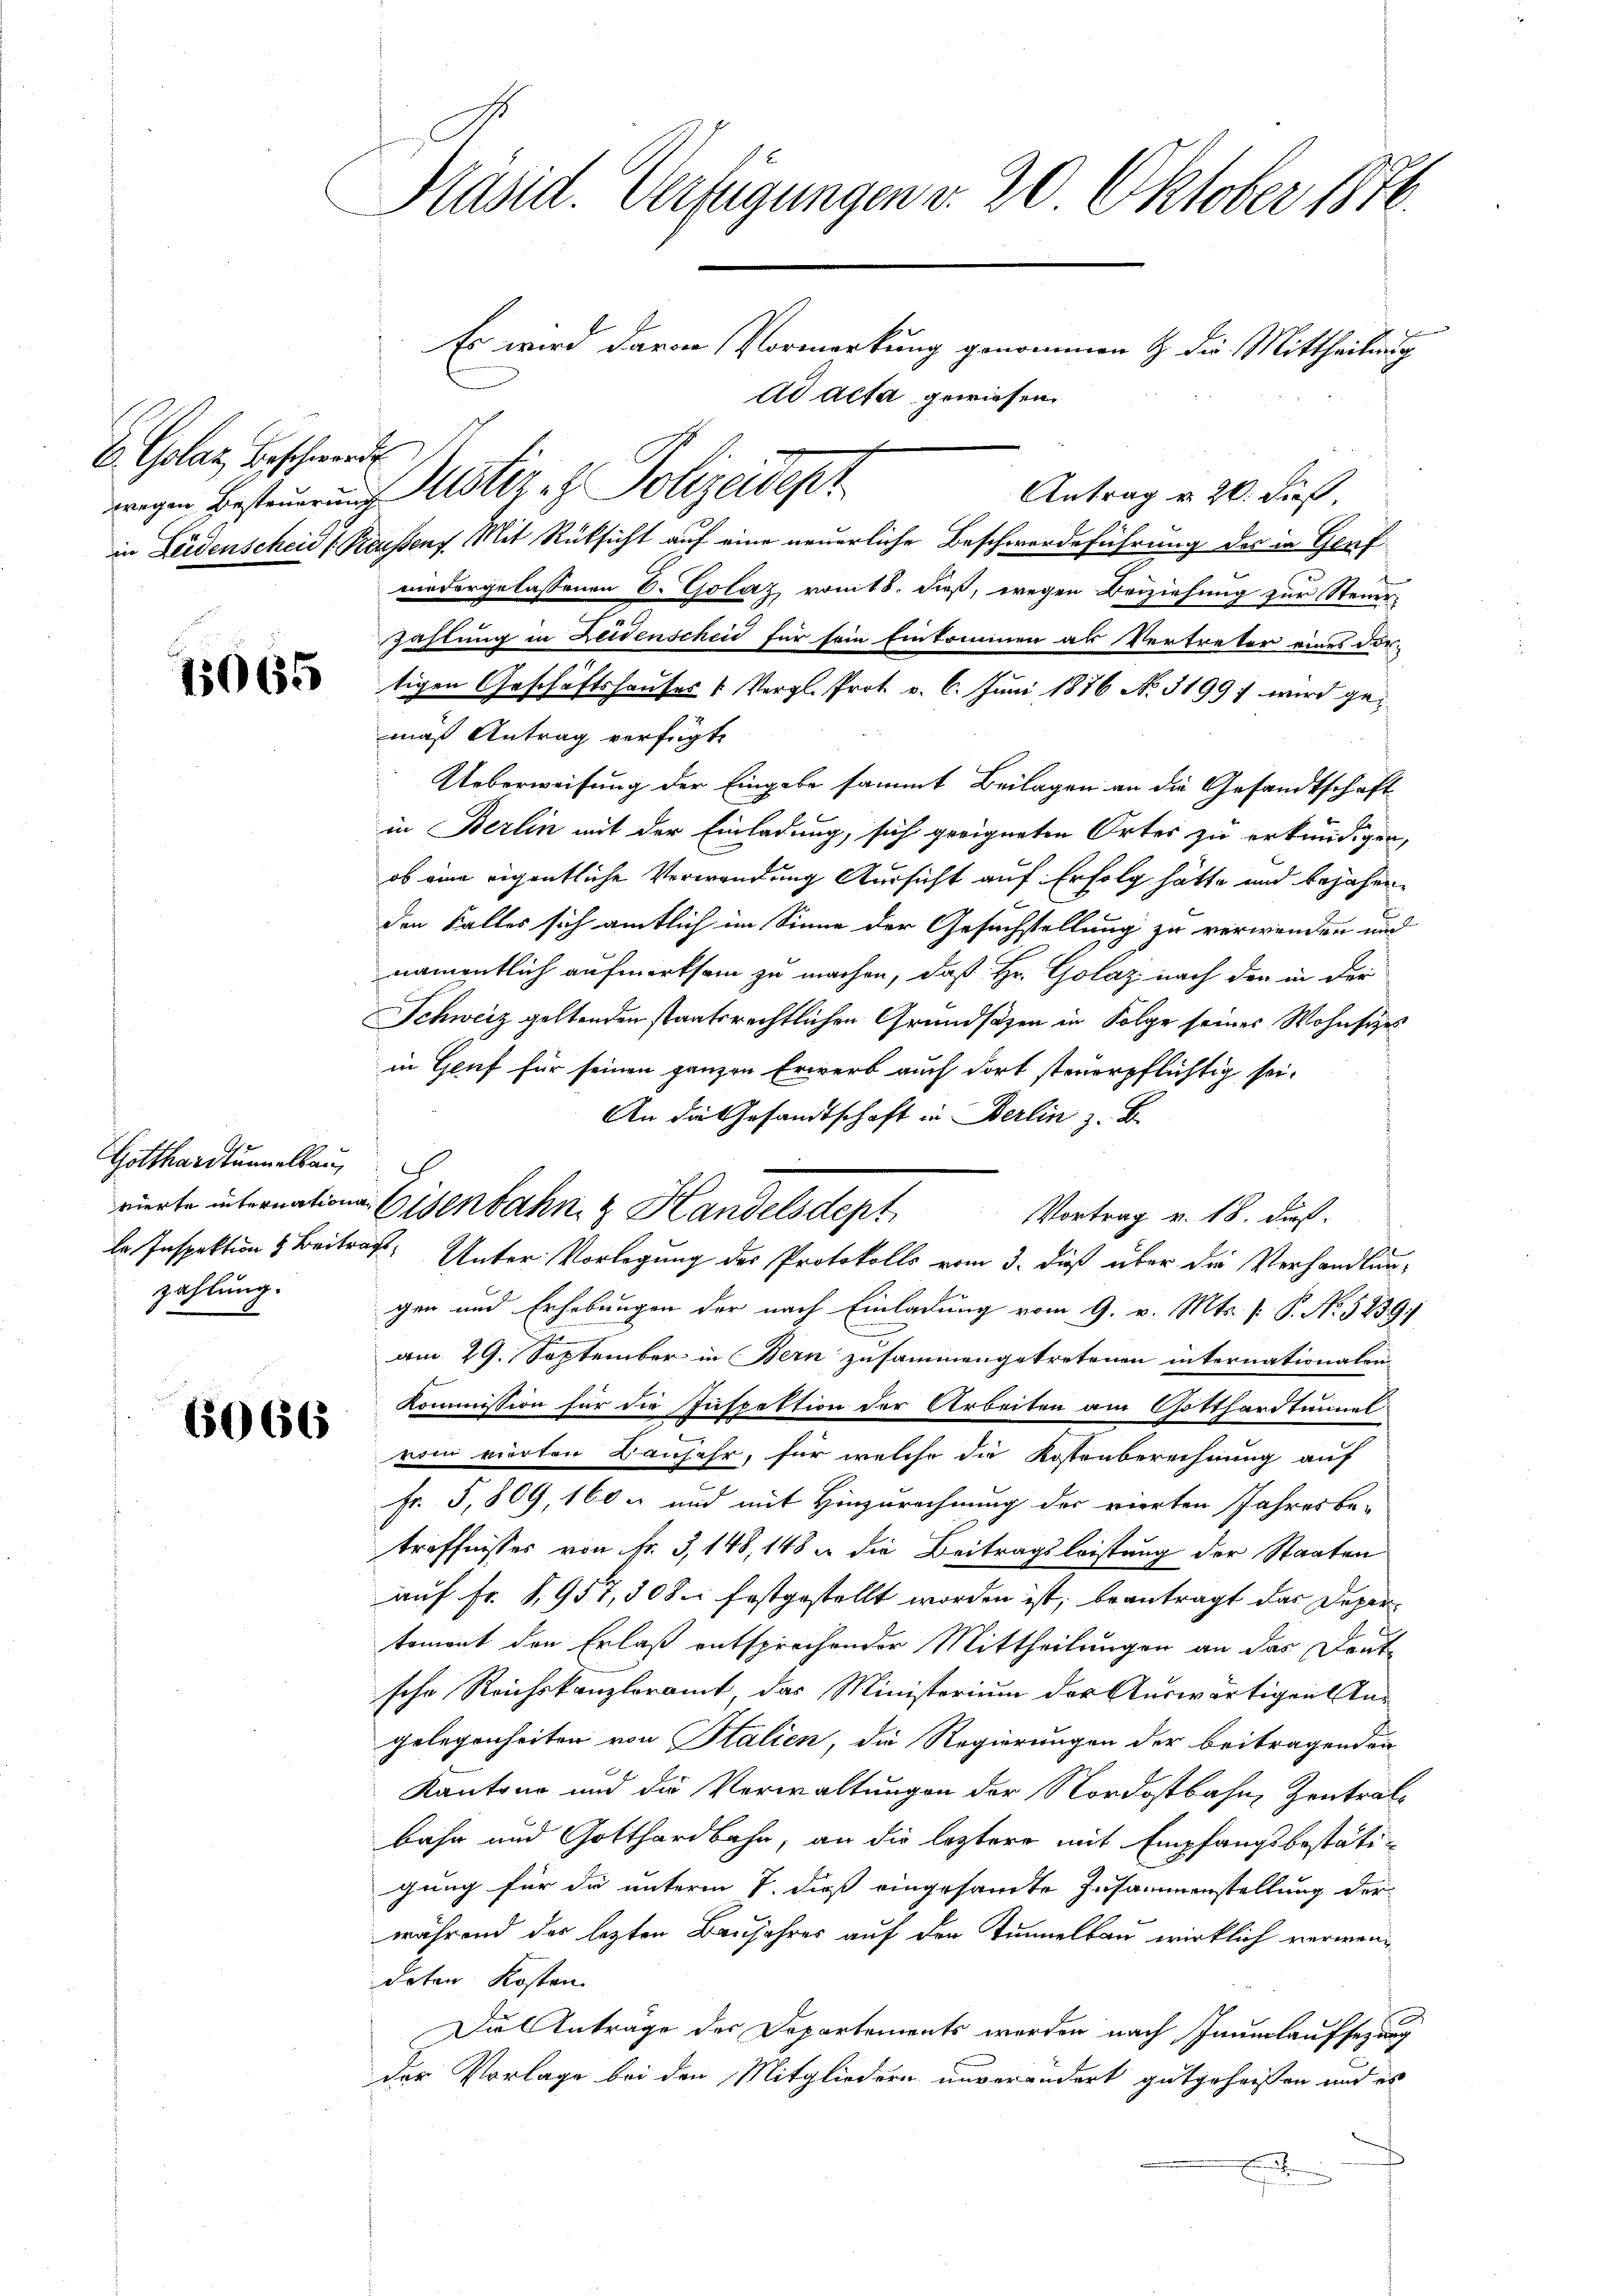
E Golaz, Beschwerde

Gotthardtunnellau
zahlung.

6066

Präsid. Verfügungen v. 20 Oktober 1870.

Es wird davon Vormerkung genommen & die Mittheilung
ad acta gewiesen.
Antrag v. 20. dieß,
in Leidenscheid (Reussens. Mit Rüksicht auf eine neuerliche Beschwerdeführung des in Genf
niedergelassenen 6. Golaz vom 18. dieß, wegen Beiziehung zur Steuer-
Zahlung in Leidenscheid für sein Einkommen als Vertreter eines dortigen Geschäftshaŭses u. Vergl. Prot. v. 6. Juni 1876 No. 51991 wird gemäß Antrag verfügt:
Ueberweisung der Eingabe sammt Beilagen an die Gesandtschaft
in Berlin mit der Einladung, sich geeigneten Ortes zu erkundigen,
ob eine eigentliche Verwendung Aussicht auf Erfolg hätte und bejahen,
den Falles sich amtlich im Sinne der Gesuchstellung zu verwenden und
namentlich aufmerksam zu machen, daß Hr. Golaz nach den in der
Schweiz geltenden staatsrechtlichen Grundsätzen in Folge seines Wohnsitzes
in Genf für seinen ganzen Erwerb auch dort steuerpflichtig sei.
An die Gesandtschaft in Berlin z. B.
rierte internationen Eisenbahn & Handelsdept
Vortrag v. 18. dieß.
le Inspektion & Beitragt. Unter Vorlegung des Protokolls vom 3. daß über die Verhandlungen und Erhebungen der nach Einladung vom 9. v. Mts. [ P. No. 5239
am 29. September in Bern zusammengetretenen internationalen
Kommission für die Inspektion der Arbeiten am Gotthardtunnel
von vierten Baufahr, für welche die Kostenberechnung auf
Fr. 5, 809, 160 u und mit Hinzurechnung des vierten Jahresbe-
treffnisses von Fr. 3, 148, 148 u. die Beitragsleistung der Staaten
auf Fr. 1957, 30 S. festgestellt worden ist, beantragt das Departoment den Erlaß entsprechender Mittheilungen an das Deut
sche Reichskanzleramt, das Ministerium der Auswärtigen Angelegenheiten von Italien, die Regierungen der beitragenden
Kantone und die Verwaltungen der Nordostbahn, Zentratbahn und Gotthardbahn, an die leztere mit Empfangsbestätigung für die unterm 7. dieß eingesandte Zusammenstellung der
während der letzten Baujahres auf den Tunnellau wirklich verwendeten Kosten.
Die Antrage der Departements werden nach Inumlaufsezung
der Vorlage bei den Mitgliedern unverändert gutgeheißen und es
E

wigen Besteuerung stiz & Polizeident